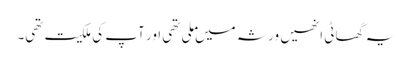
یہ گھاٹی انھیں ورثہ میں ملی تھی اور آپ کی ملکیت تھی۔